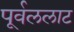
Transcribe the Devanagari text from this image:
पूर्वललाट